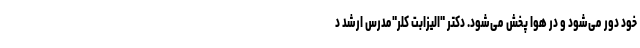
خود دور می‌شود و در هوا پخش می‌شود. دکتر "الیزابت کلر"مدرس ارشد د